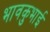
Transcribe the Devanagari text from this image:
भावकुभाई